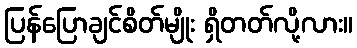
ပြန်ပြောချင်စိတ်မျိုး ရှိတတ်လို့လား။